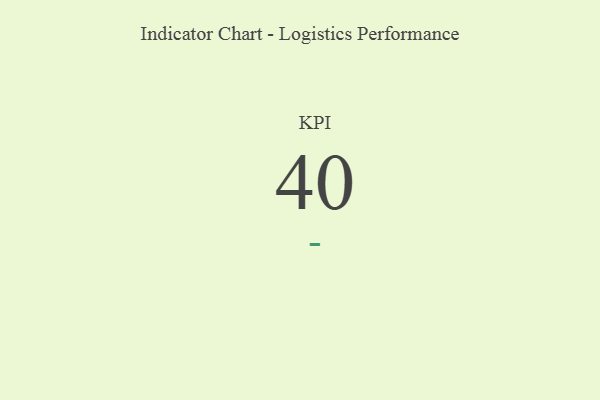
{"axis": {"x": "KPI", "y": "Value"}, "legend": [""], "data": [{"x": "KPI", "y": 40, "type": ""}]}